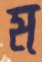
ম্